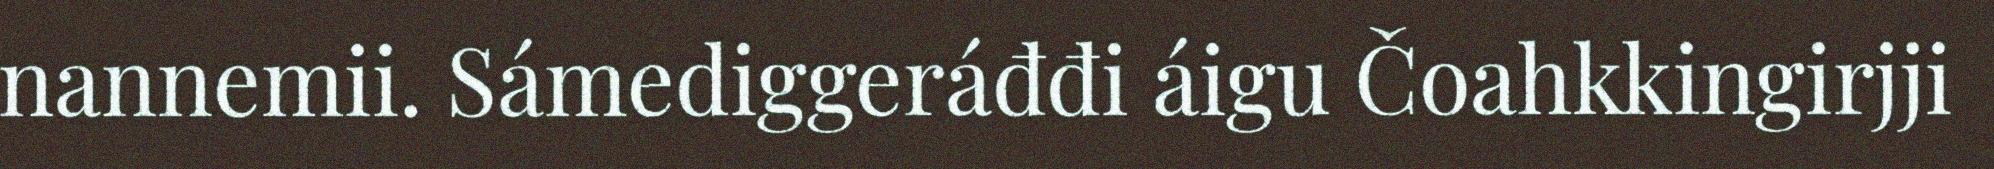
nannemii. Sámediggeráđđi áigu Čoahkkingirjji